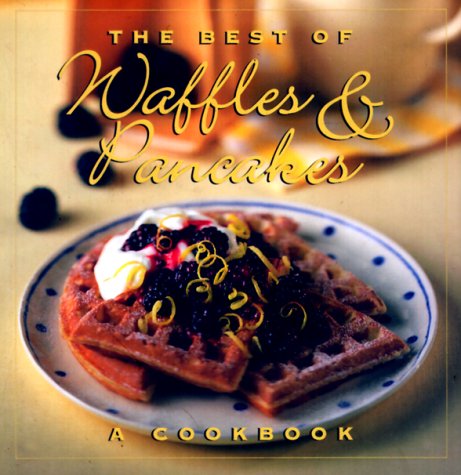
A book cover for The Best of Waffles & Pancakes; Jane Stacey; Cookbooks, Food & Wine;